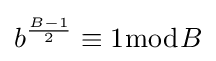
b^{\frac {B-1}{2}}\equiv 1{\bmod {B}}